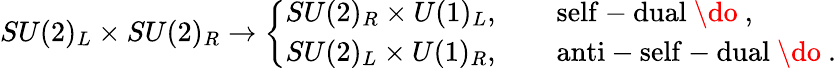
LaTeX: SU(2)_{L}\times SU(2)_{R}\rightarrow\left\{ \begin{array}{l}{{SU(2)_{R}\times U(1)_{L},\qquad\mathrm{self-dual~\do~},}}\\ {{SU(2)_{L}\times U(1)_{R},\qquad\mathrm{anti-self-dual~\do~}.}}\end{array}\right.